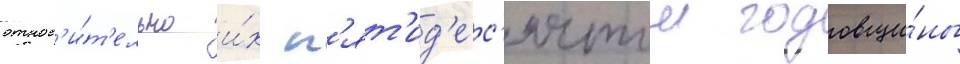
относ'и́т'ельно и́х п'ят'ид'ес'ятои годовщи́ны